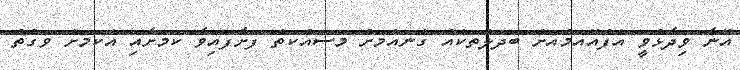
އޭނާ ވިދާޅުވީ އެފްއޭއެމްއަށް ބަދަލުތަކެއް ގެނައުމަށް މަސައްކަތް ފަށާފައިވާ ކަމަށާއި އެކަމަށް ވަގުތު